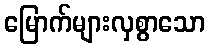
မြောက်များလှစွာသော